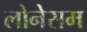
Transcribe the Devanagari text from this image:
लोनेसम